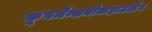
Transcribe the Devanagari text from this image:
कूपमैन्सबौकहाउडिंग